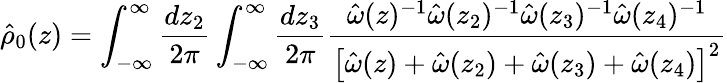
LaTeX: \hat{\rho}_{0}(z)=\int_{-\infty}^{\infty}\frac{dz_{2}}{2\pi}\int_{-\infty}^{\infty}\frac{dz_{3}}{2\pi}\frac{\hat{\omega}(z)^{-1}\hat{\omega}(z_{2})^{-1}\hat{\omega}(z_{3})^{-1}\hat{\omega}(z_{4})^{-1}}{\left[\hat{\omega}(z)+\hat{\omega}(z_{2})+\hat{\omega}(z_{3})+\hat{\omega}(z_{4})\right]^{2}}